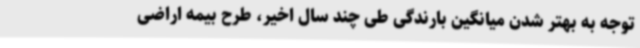
توجه به بهتر شدن میانگین بارندگی طی چند سال اخیر، طرح بیمه اراضی